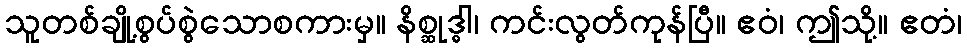
သူတစ်ချို့စွပ်စွဲသောစကားမှ။ နိစ္ဆုဒ္ဓါ၊ ကင်းလွတ်ကုန်ပြီ။ ဧဝံ၊ ဤသို့။ ဧတံ၊